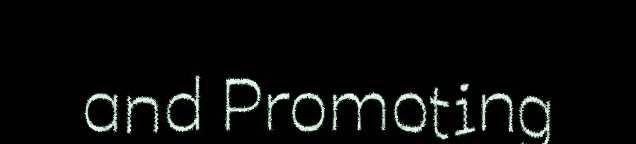
and Promoting